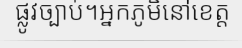
ផ្លូវច្បាប់។អ្នកភូមិនៅខេត្ត